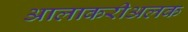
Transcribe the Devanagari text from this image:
आलाकरीअलक